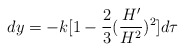
\begin{align*}dy=-k[1-\frac{2}{3}(\frac{H'}{H^2})^2]d\tau\end{align*}